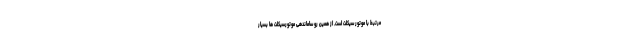
مرتبط با موتور سیکلت است. از همین رو ساماندهی موتورسیکلت ها بسیار